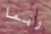
ربما